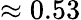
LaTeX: \approx 0.53